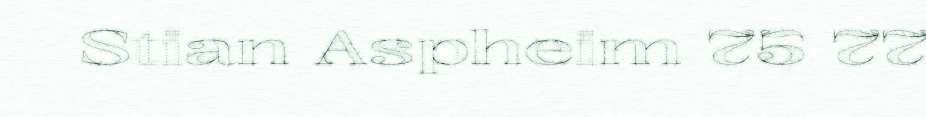
Stian Aspheim 75 77